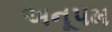
અનૂપમ